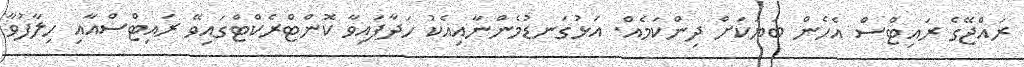
ރައްޖޭގެ ރައިޓްސް އެހެން ބަޔަކަށް ދިންކަމެއް. އަޅުގަނޑުމެންނާއިއެކު ހަދާފައިވާ ކޮންޓްރެކްޓްގައިވޭ ރައިޓްސްއާއި ހިލާފުވާ